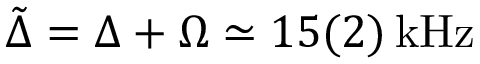
\tilde { \Delta } = \Delta + \Omega \simeq 1 5 ( 2 ) \, \mathrm { k H z }